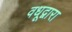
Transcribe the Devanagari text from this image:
वधूद्वारा